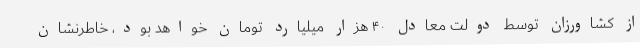
از کشاورزان توسط دولت معادل ۴۰ هزار میلیارد تومان خواهد بود، خاطرنشان